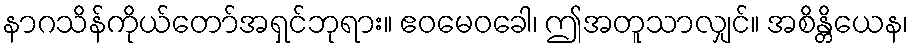
နာဂသိန်ကိုယ်တော်အရှင်ဘုရား။ ဧဝမေဝခေါ၊ ဤအတူသာလျှင်။ အစိန္တိယေန၊